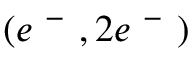
( e ^ { \mathrm { ~ - ~ } } , 2 e ^ { \mathrm { ~ - ~ } } )